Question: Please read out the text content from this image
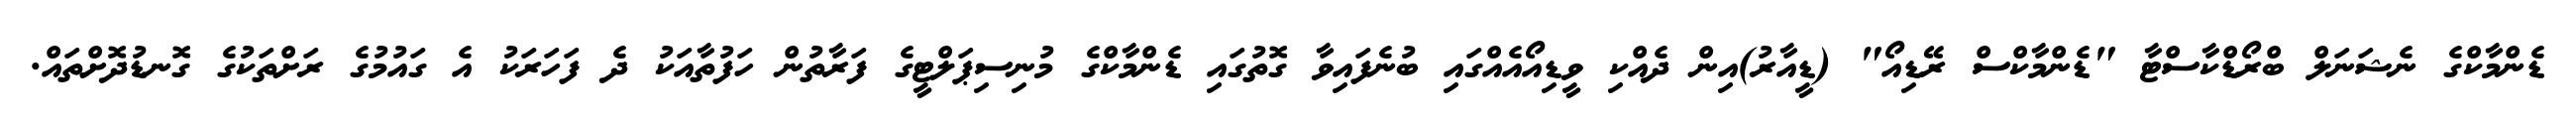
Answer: ޑެންމާކްގެ ނެޝަނަލް ބްރޯޑްކާސްޓާ "ޑެންމާކްސް ރޭޑިއޯ" (ޑީއާރު)އިން ދެއްކި ވީޑިއޯއެއްގައި ބުނެފައިވާ ގޮތުގައި ޑެންމާކްގެ މުނިސިޕަލްޓީގެ ފަރާތުން ހަފުތާއަކު ދެ ފަހަރަކު އެ ގައުމުގެ ރަށްތަކުގެ ގޮނޑުދޮށްތައް.